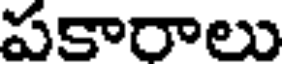
పకారాలు